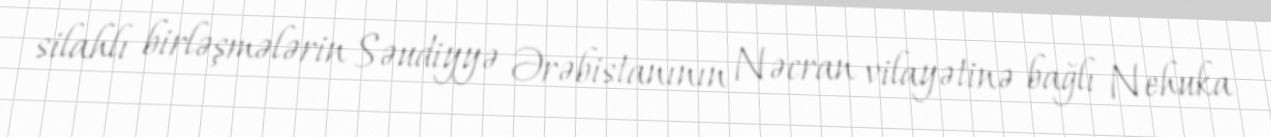
silahlı birləşmələrin Səudiyyə Ərəbistanının Nəcran vilayətinə bağlı Nehuka